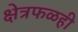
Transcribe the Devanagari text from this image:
क्षेत्रफळही